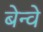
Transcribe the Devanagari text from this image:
बेन्वे